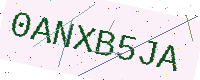
Text: 0ANXB5JA